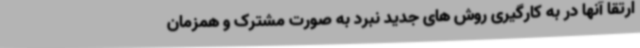
ارتقا آنها در به کارگیری روش های جدید نبرد به صورت مشترک و همزمان